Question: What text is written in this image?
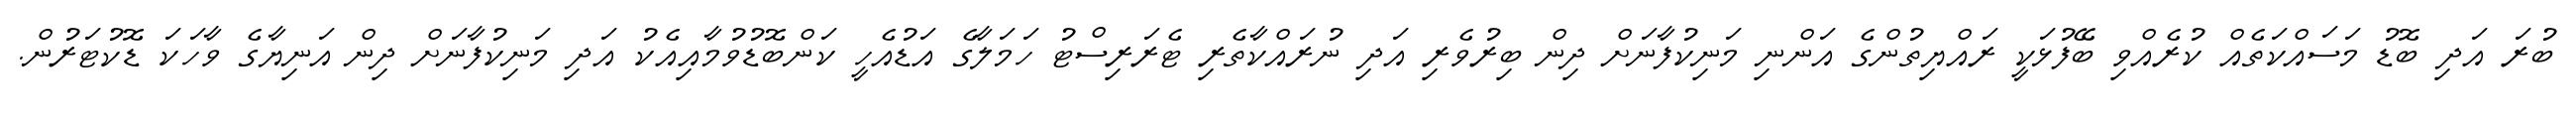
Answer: ބުރަ އަދި ބޮޑު މަސައްކަތެއް ކުރެއްވި ބޭފުޅަކީ ރައްޔިތުންގެ އަންނި މަނިކުފާނަށް ދިން ބިރުވެރި އަދި ނުރައްކާތެރި ޓެރަރިސްޓު ހަމަލާގެ އަޑުއެހީ ކަންބޮޑުވުމާއިއެކު އަދި މަނިކުފާނަށް ދިން އަނިޔާގެ ވާހަކަ ޑޮކުޓަރުން.